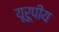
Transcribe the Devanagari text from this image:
यूरूपीय